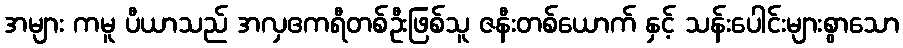
အများ ကမူ ပီယာသည် အလှဧကရီတစ်ဦးဖြစ်သူ ဇနီးတစ်ယောက် နှင့် သန်းပေါင်းများစွာသော